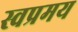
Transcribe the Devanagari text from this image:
स्वप्रमय